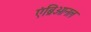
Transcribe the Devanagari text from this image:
एंब्रिओनल